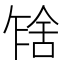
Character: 𰰂